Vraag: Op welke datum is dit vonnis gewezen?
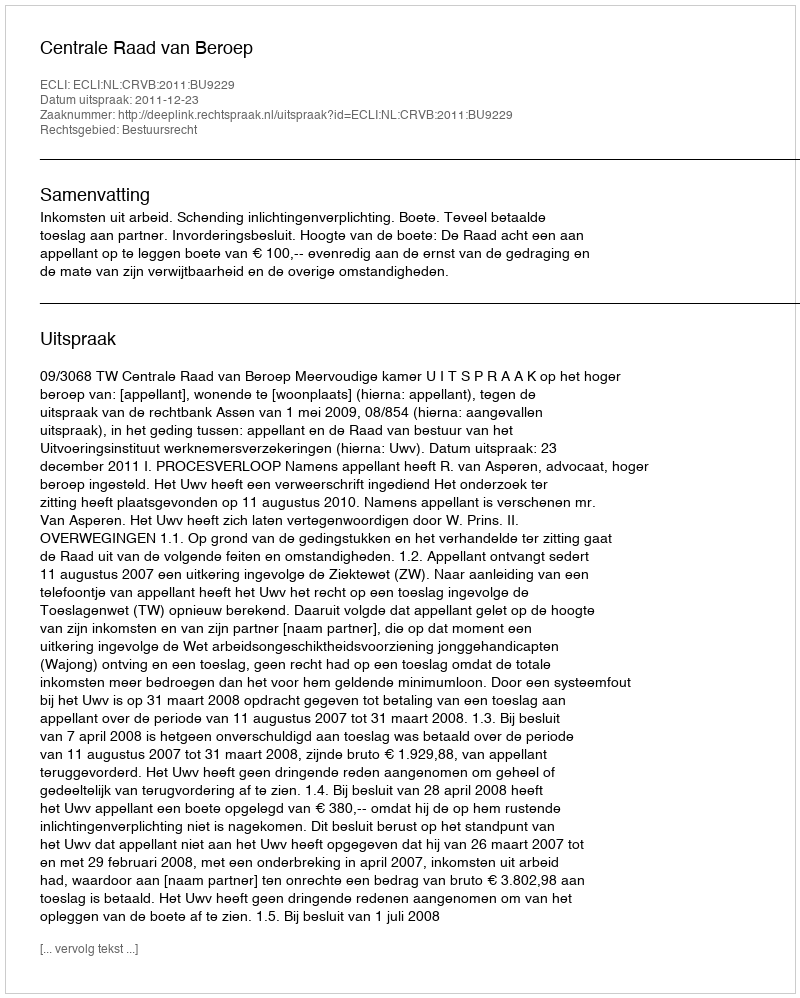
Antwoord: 2011-12-23